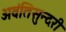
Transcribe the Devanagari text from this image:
अवंतिसुन्दरी